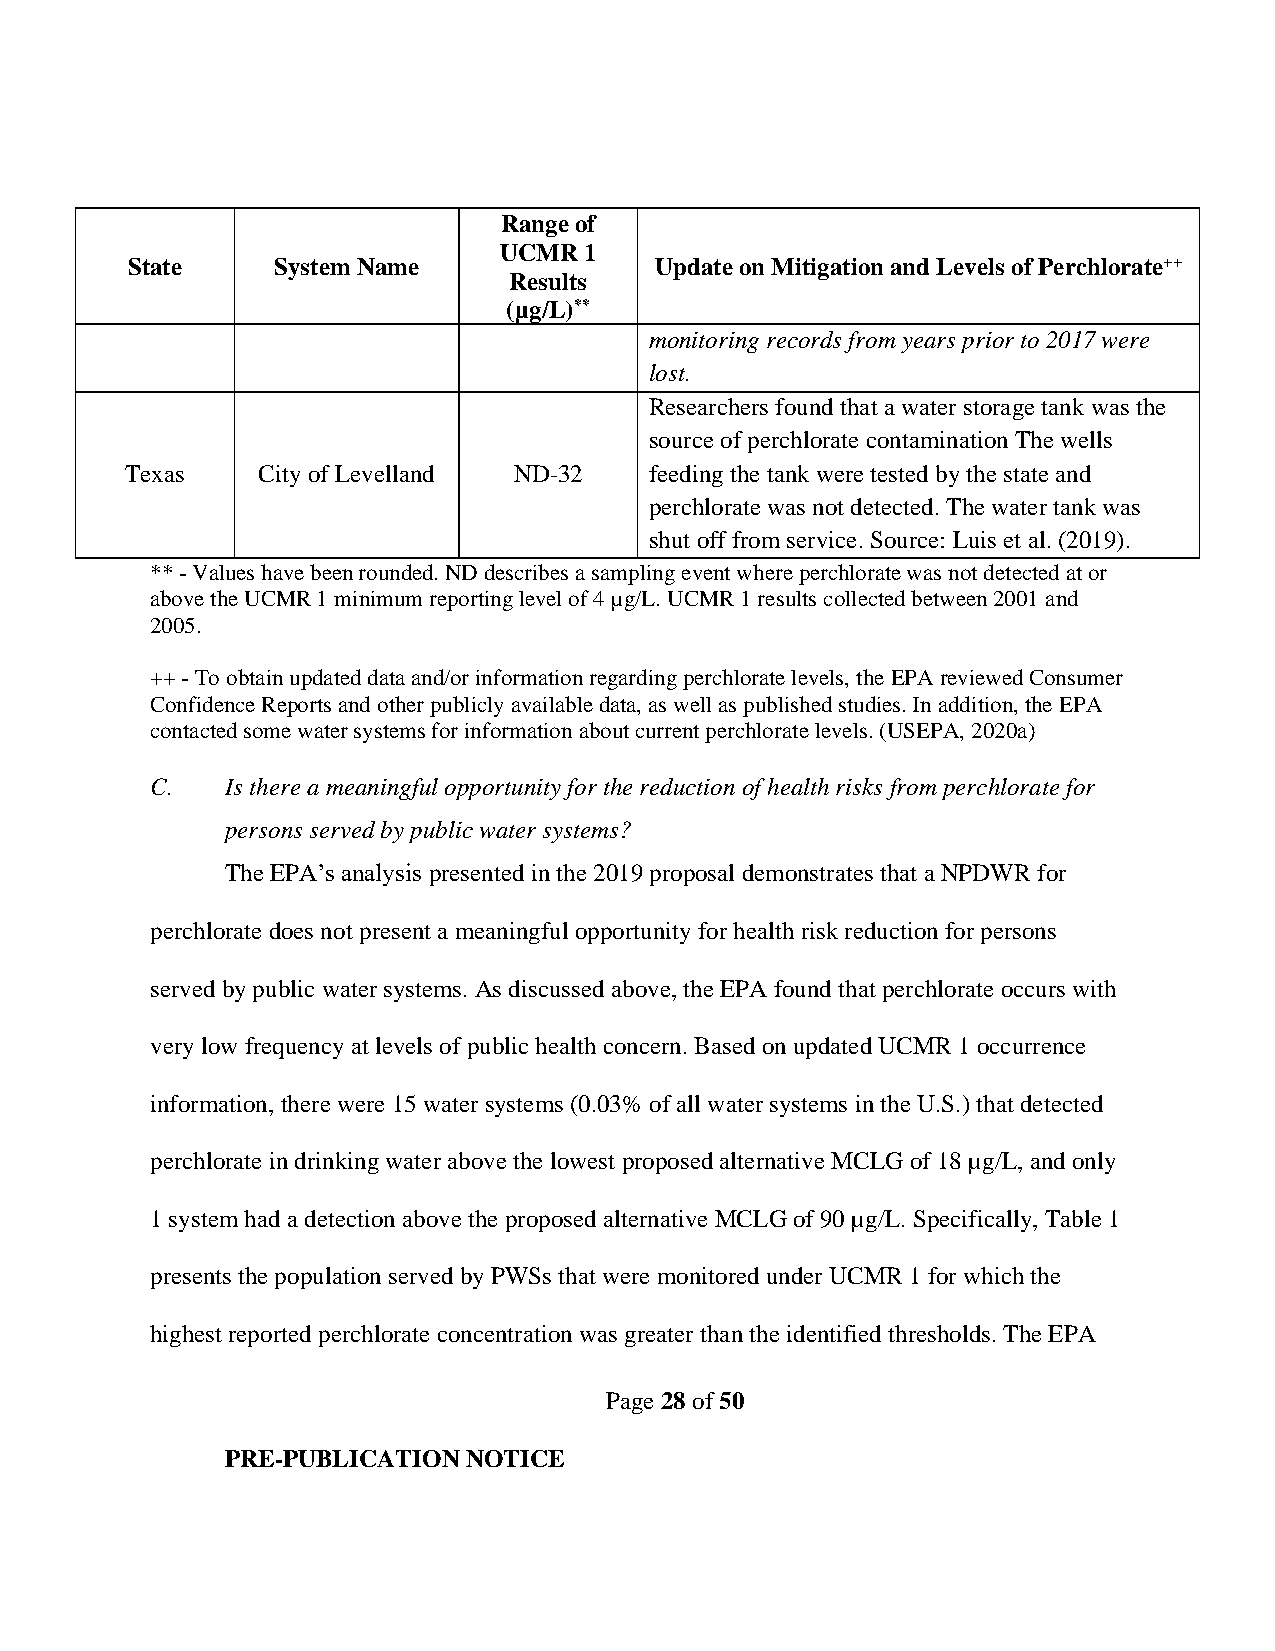
Range of
 UCMR  1
 State     System Name              Update on Mitigation and Levels of Perchlorate++
 Results
 (µg/L)**
 monitoring records from years prior to 2017 were
 lost.
 Researchers found that a water storage tank was the
 source of perchlorate contamination The wells
 Texas    City of Levelland ND-32   feeding the tank were tested by the state and
 perchlorate was not detected. The water tank was
 shut off from service. Source: Luis et al. (2019).
 ** - Values have been rounded. ND describes a sampling event where perchlorate was not detected at or
 above the UCMR 1 minimum reporting level of 4 µg/L. UCMR 1 results collected between 2001 and
 2005.
 ++ - To obtain updated data and/or information regarding perchlorate levels, the EPA reviewed Consumer
 Confidence Reports and other publicly available data, as well as published studies. In addition, the EPA
 contacted some water systems for information about current perchlorate levels. (USEPA, 2020a)
 C.   Is there a meaningful opportunity for the reduction of health risks from perchlorate for
 persons served by public water systems?
 The EPA’s analysis presented in the 2019 proposal demonstrates that a NPDWR for
 perchlorate does not present a meaningful opportunity for health risk reduction for persons
 served by public water systems. As discussed above, the EPA found that perchlorate occurs with
 very low frequency at levels of public health concern. Based on updated UCMR 1 occurrence
 information, there were 15 water systems (0.03% of all water systems in the U.S.) that detected
 perchlorate in drinking water above the lowest proposed alternative MCLG of 18 µg/L, and only
 1 system had a detection above the proposed alternative MCLG of 90 µg/L. Specifically, Table 1
 presents the population served by PWSs that were monitored under UCMR 1 for which the
 highest reported perchlorate concentration was greater than the identified thresholds. The EPA
 Page 28 of 50
 PRE-PUBLICATION NOTICE